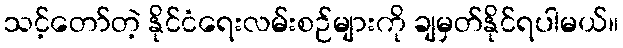
သင့်တော်တဲ့ နိုင်ငံရေးလမ်းစဉ်များကို ချမှတ်နိုင်ရပါမယ်။